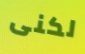
لكنى